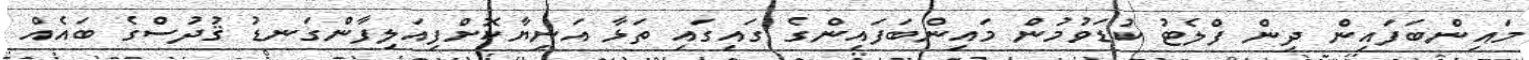
މައިންބަފައިން ދިން ފްލެޓު ކުޑަވުމުން މައިންބަފައިންގެ ގައިގައި ތަޅާ އަނިޔާކޮށްފިއަލިފާންގަނޑު ޤުދުސްގެ ބައެއް